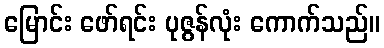
မြောင်း ဖော်ရင်း ပုဇွန်လုံး ကောက်သည်။